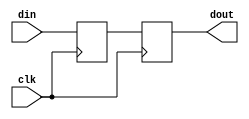
// generic purpose 2-FF synchronizer

module sync_2ff(
        input  wire clk,
        input  wire din,
        output wire dout
    );

    reg temp1;
    reg temp2;

    assign dout = temp2;

    always @(posedge clk)
    begin
        temp1 <= din;
        temp2 <= temp1;
    end

endmodule